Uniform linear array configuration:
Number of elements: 24
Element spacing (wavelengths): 0.75
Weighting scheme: cosine
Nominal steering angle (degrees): -60
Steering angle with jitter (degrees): -61.029
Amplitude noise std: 0.05
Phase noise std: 0.05

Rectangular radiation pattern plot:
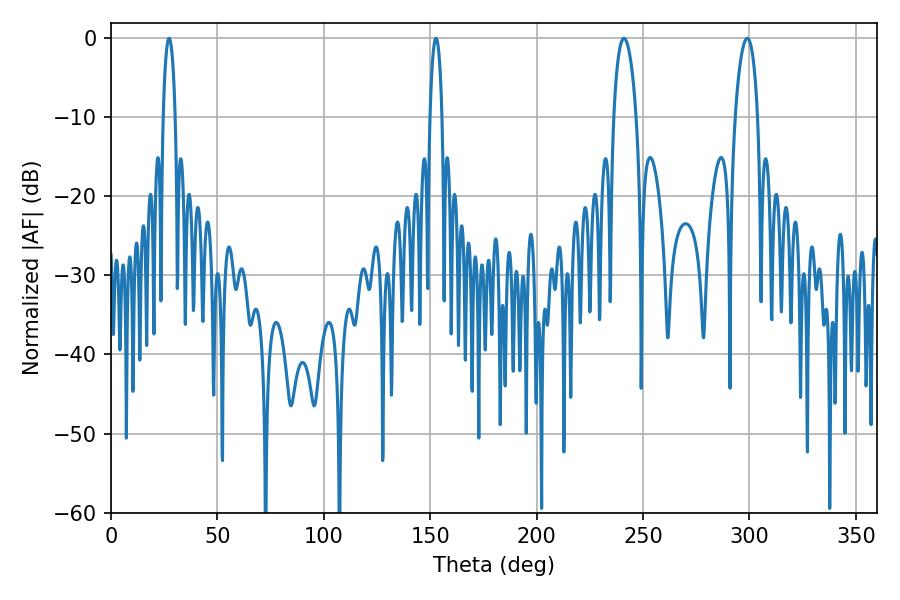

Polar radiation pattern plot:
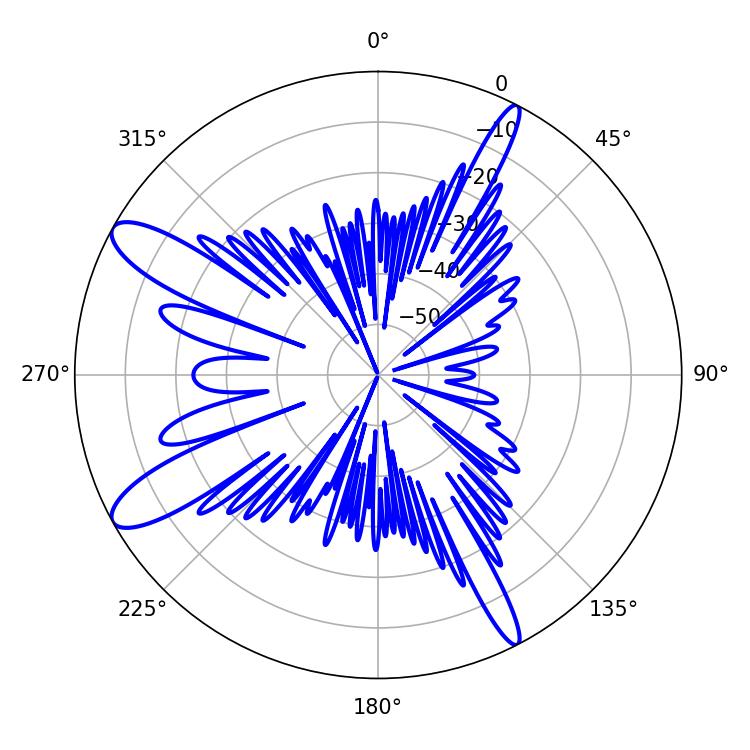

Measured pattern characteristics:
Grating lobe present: TRUE
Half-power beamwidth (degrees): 6.12
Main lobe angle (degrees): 241.02